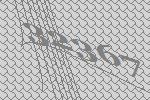
32367